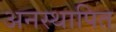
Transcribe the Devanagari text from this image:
अनस्थापित